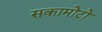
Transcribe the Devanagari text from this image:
सकामोटो